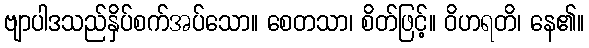
ဗျာပါဒသည်နှိပ်စက်အပ်သော။ စေတသာ၊ စိတ်ဖြင့်။ ဝိဟရတိ၊ နေ၏။